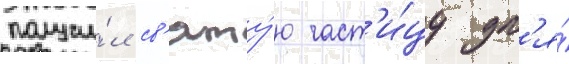
получи́л св'яту́ю част'и́цу дл'я́